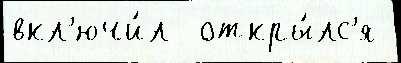
вкл'ючи́л  откры́лс'я